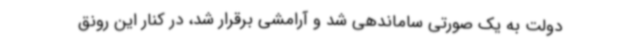
دولت به یک صورتی ساماندهی شد و آرامشی برقرار شد، در کنار این رونق